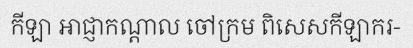
កីឡា អាជ្ញាកណ្តាល ចៅក្រម ពិសេសកីឡាករ-